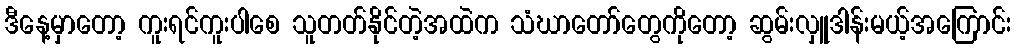
ဒီနေ့မှာတော့ ကူးရင်ကူးပါစေ သူတတ်နိုင်တဲ့အထဲက သံဃာတော်တွေကိုတော့ ဆွမ်းလှူဒါန်းမယ့်အကြောင်း